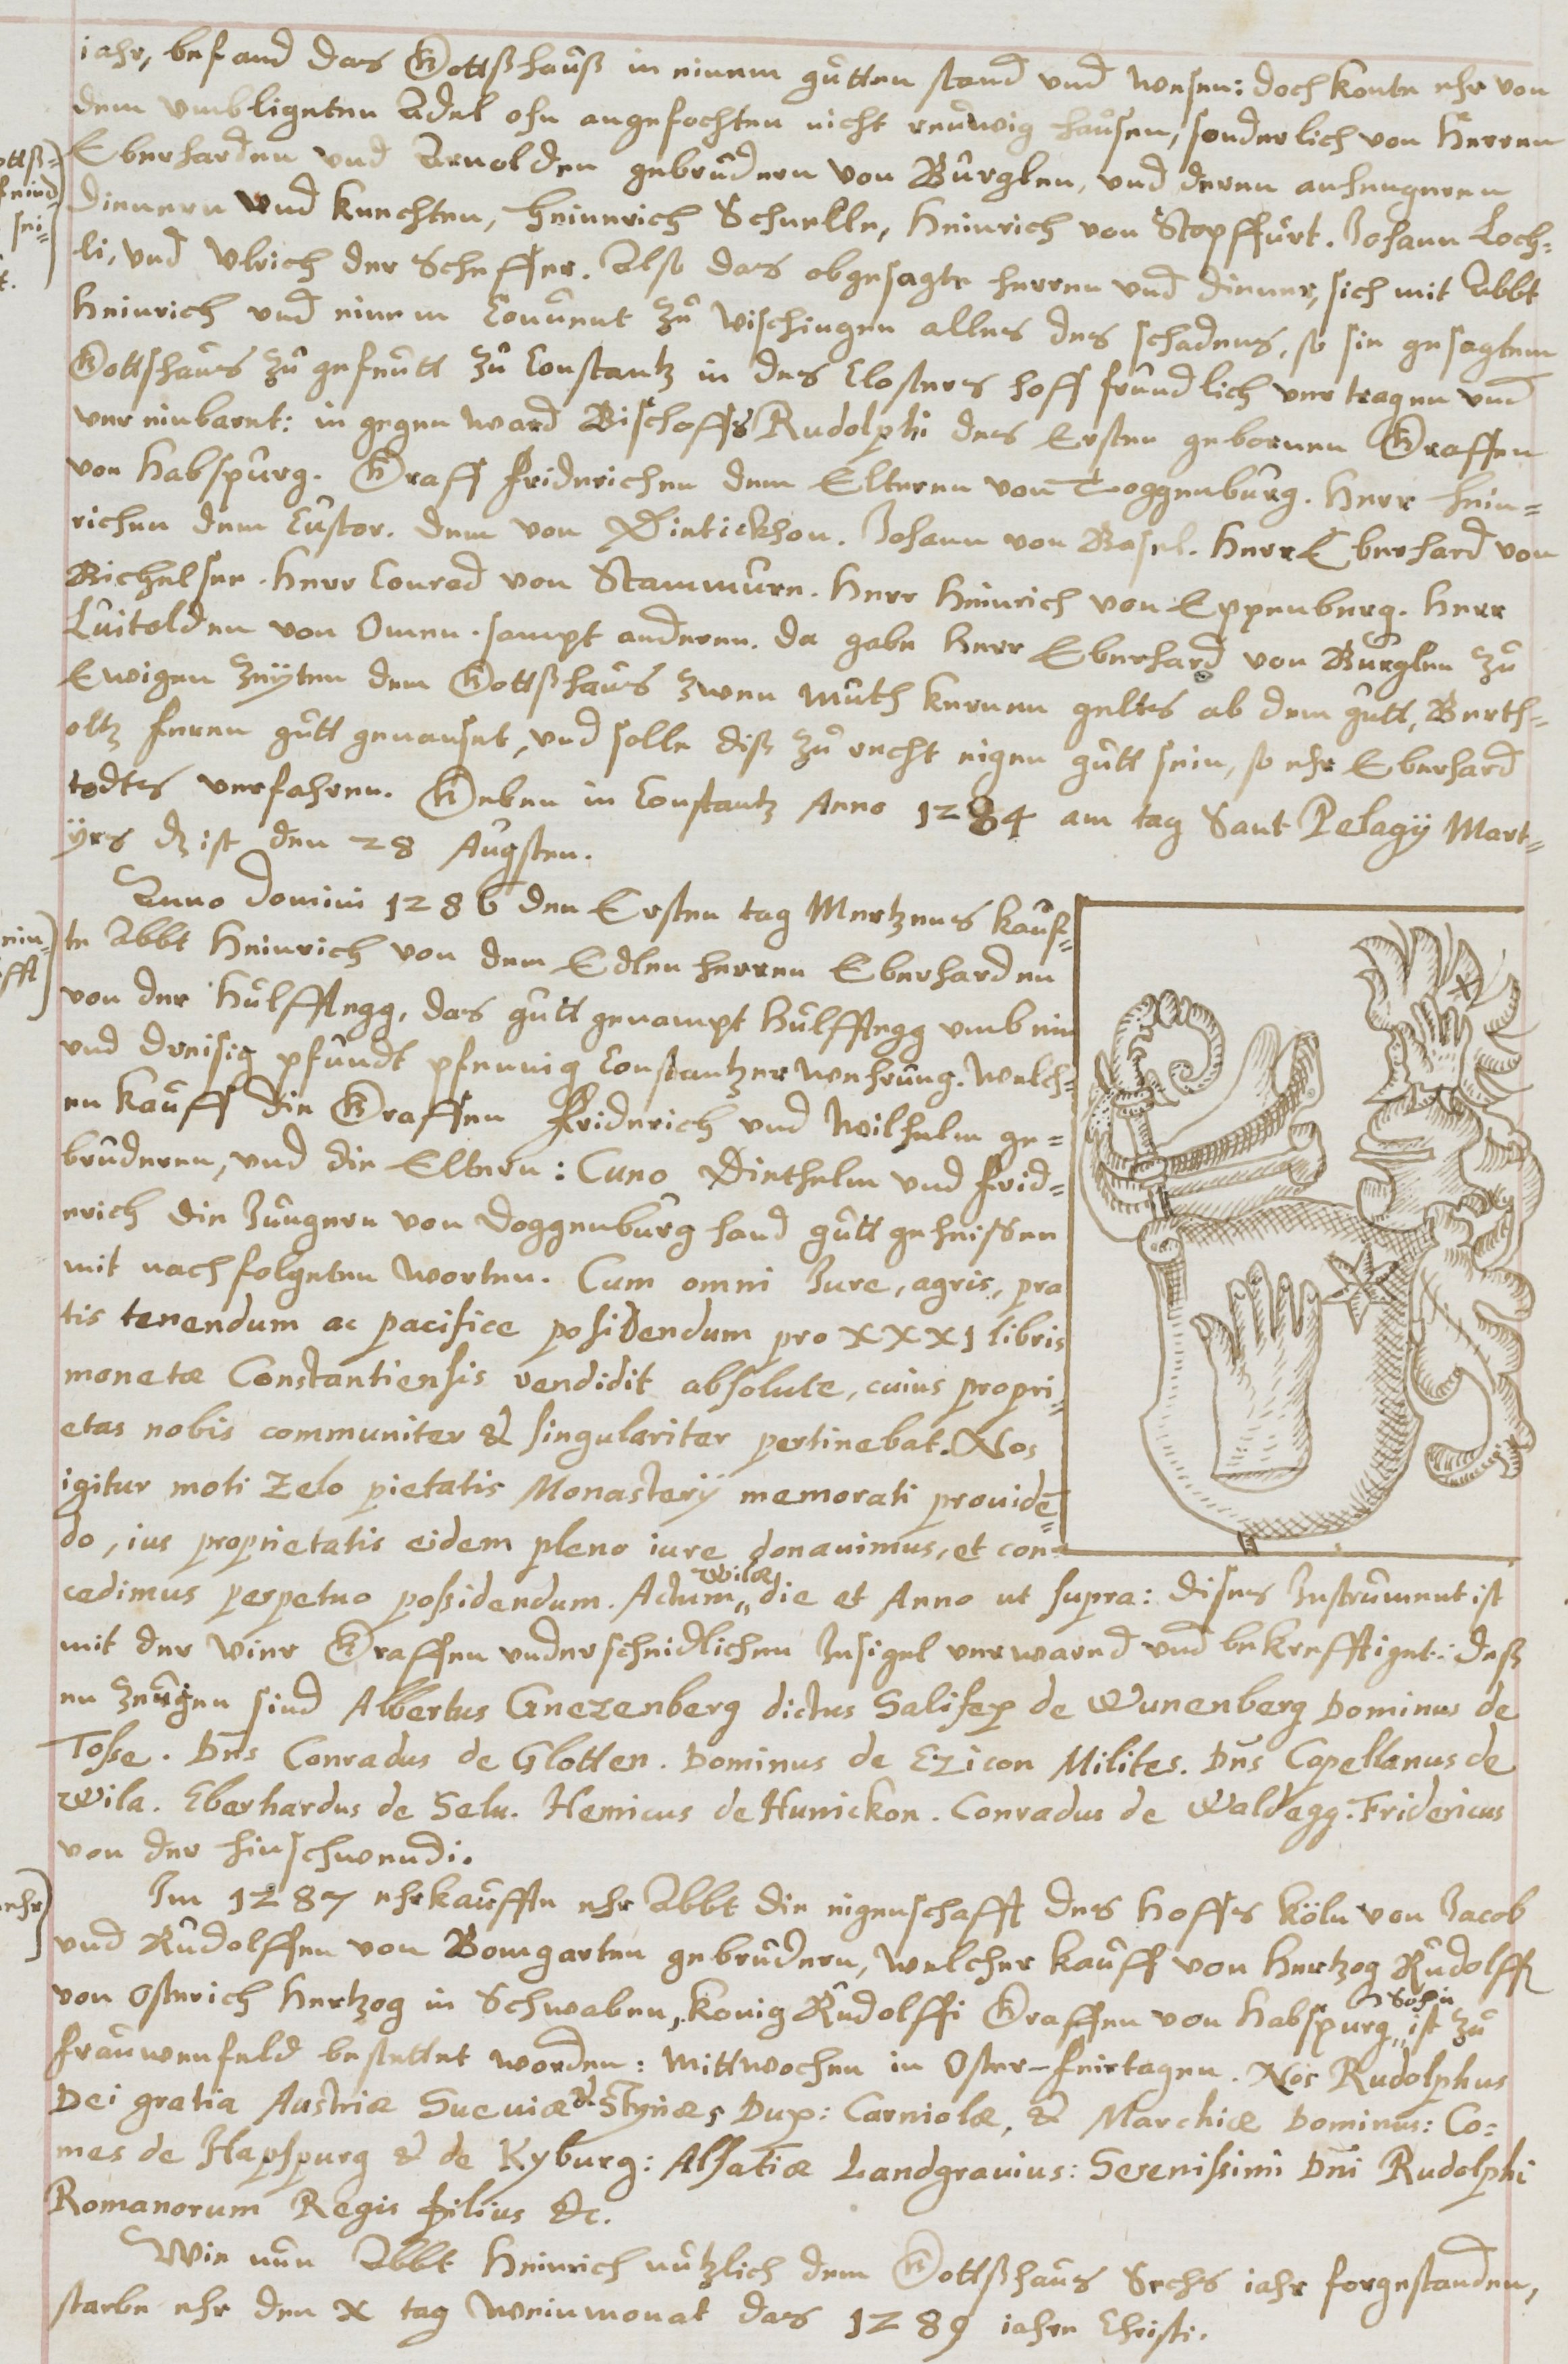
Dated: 1619–1649